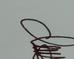
Signature authenticity: genuine